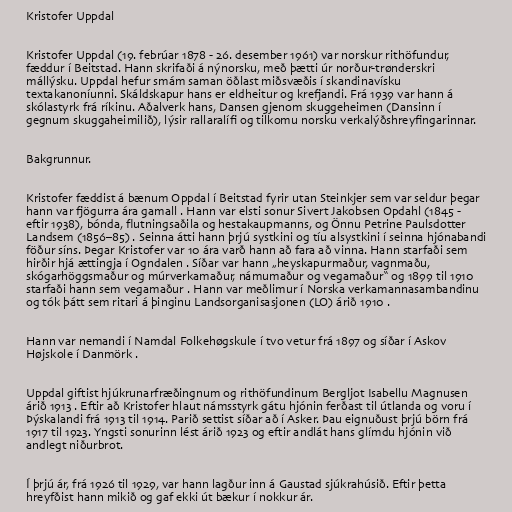
Kristofer Uppdal

Kristofer Uppdal (19. febrúar 1878 - 26. desember 1961) var norskur rithöfundur,
fæddur í Beitstad. Hann skrifaði á nýnorsku, með þætti úr norður-trønderskri
mállýsku. Uppdal hefur smám saman öðlast miðsvæðis í skandinavísku
textakanoníunni. Skáldskapur hans er eldheitur og krefjandi. Frá 1939 var hann á
skólastyrk frá ríkinu. Aðalverk hans, Dansen gjenom skuggeheimen (Dansinn í
gegnum skuggaheimilið), lýsir rallaralífi og tilkomu norsku verkalýðshreyfingarinnar.

Bakgrunnur.

Kristofer fæddist á bænum Oppdal í Beitstad fyrir utan Steinkjer sem var seldur þegar
hann var fjögurra ára gamall . Hann var elsti sonur Sivert Jakobsen Opdahl (1845 -
eftir 1938), bónda, flutningsaðila og hestakaupmanns, og Önnu Petrine Paulsdotter
Landsem (1856–85) . Seinna átti hann þrjú systkini og tíu alsystkini í seinna hjónabandi
föður síns. Þegar Kristofer var 10 ára varð hann að fara að vinna. Hann starfaði sem
hirðir hjá ættingja í Ogndalen . Síðar var hann „heyskapurmaður, vagnmaðu,
skógarhöggsmaður og múrverkamaður, námumaður og vegamaður“ og 1899 til 1910
starfaði hann sem vegamaður . Hann var meðlimur í Norska verkamannasambandinu
og tók þátt sem ritari á þinginu Landsorganisasjonen (LO) árið 1910 .

Hann var nemandi í Namdal Folkehøgskule í tvo vetur frá 1897 og síðar í Askov
Højskole í Danmörk .

Uppdal giftist hjúkrunarfræðingnum og rithöfundinum Bergljot Isabellu Magnusen
árið 1913 . Eftir að Kristofer hlaut námsstyrk gátu hjónin ferðast til útlanda og voru í
Þýskalandi frá 1913 til 1914. Parið settist síðar að í Asker. Þau eignuðust þrjú börn frá
1917 til 1923. Yngsti sonurinn lést árið 1923 og eftir andlát hans glímdu hjónin við
andlegt niðurbrot.

Í þrjú ár, frá 1926 til 1929, var hann lagður inn á Gaustad sjúkrahúsið. Eftir þetta
hreyfðist hann mikið og gaf ekki út bækur í nokkur ár.